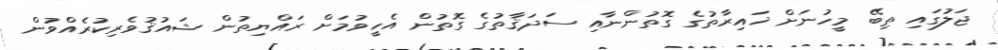
ޖަލުގައި ތިބޭ މީހުނަށް ޚައިރާތުގެ ގޮތުންނާއި ސަދަޤާތުގެ ގޮތުން އެހީވުމަށް ރައްޔިތުން ޝައުޤުވެރިކުރެއްވުން